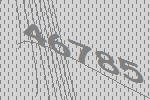
46785